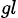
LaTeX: _{gl}